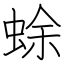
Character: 蜍